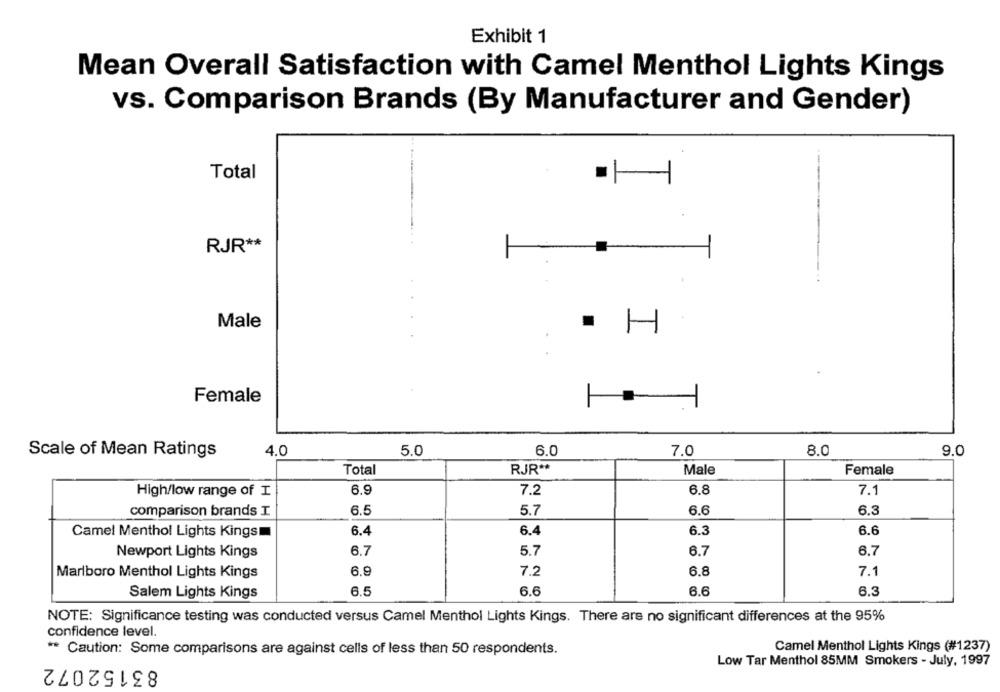
Exhibit 1
Mean Overall Satisfaction with Camel Menthol Lights Kings
vs. Comparison Brands (By Manufacturer and Gender)
Total
RJR **
Male
H
Female
Scale of Mean Ratings
4.0
5.0
6.0
7.0
8.0
9.0
Total
RJR **
Male
Female
6.9
7.2
6.8
7.1
High/low range of I
comparison brands I
6.5
5.7
6.6
6.3
Camel Menthol Lights Kings
6.4
6.4
6.3
6.6
Newport Lights Kings
6.7
5.7
6.7
6.7
Marlboro Menthol Lights Kings
6.9
7.2
6.8
7.1
Salem Lights Kings
6.5
6.6
6.6
6.3
NOTE: Significance testing was conducted versus Camel Menthol Lights Kings. There are no significant differences at the 95%
confidence level.
Caution: Some comparisons are against cells of less than 50 respondents.
Camel Menthol Lights Kings (#1237)
83152072
Low Tar Menthol 85MM Smokers - July, 1997